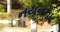
નયનના